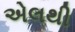
એલથી